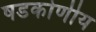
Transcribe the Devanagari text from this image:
षडकोणीय